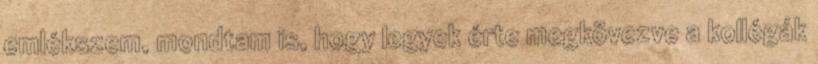
emlékszem, mondtam is, hogy legyek érte megkövezve a kollégák